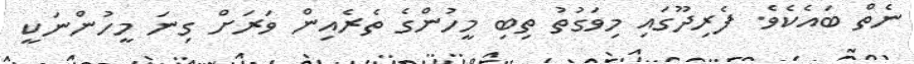
ނެތް ބައެކެވެ. ފެރިދޫގައި މިވަގުތު ތިބި މީހުންގެ ތެރެއިން ވަރަށް ގިނަ މީހުންނަކީ